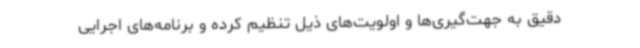
دقیق به جهت‌گیری‌ها و اولویت‌های ذیل تنظیم کرده و برنامه‌های اجرایی